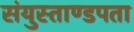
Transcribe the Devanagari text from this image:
संयुस्ताण्डपता